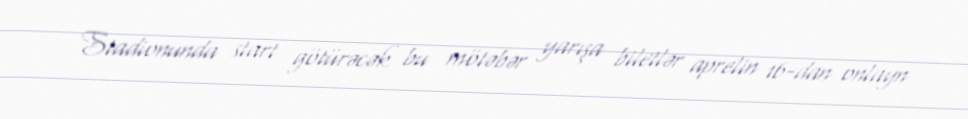
Stadionunda start götürəcək bu mötəbər yarışa biletlər aprelin 16-dan onlayn